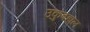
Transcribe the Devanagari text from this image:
उकुबहाल